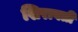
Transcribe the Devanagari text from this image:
शिरावती